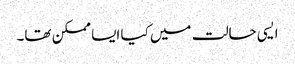
ایسی حالت میں کیا ایسا ممکن تھا۔